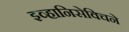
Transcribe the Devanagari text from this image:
इव्हानिसेविचने